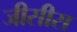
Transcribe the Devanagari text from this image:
जीसीस